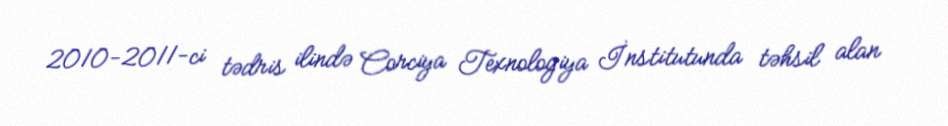
2010-2011-ci tədris ilində Corciya Texnologiya İnstitutunda təhsil alan